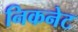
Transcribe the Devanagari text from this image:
निकनेट